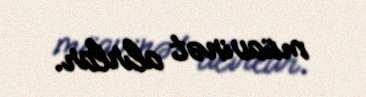
müavinət alırlar.